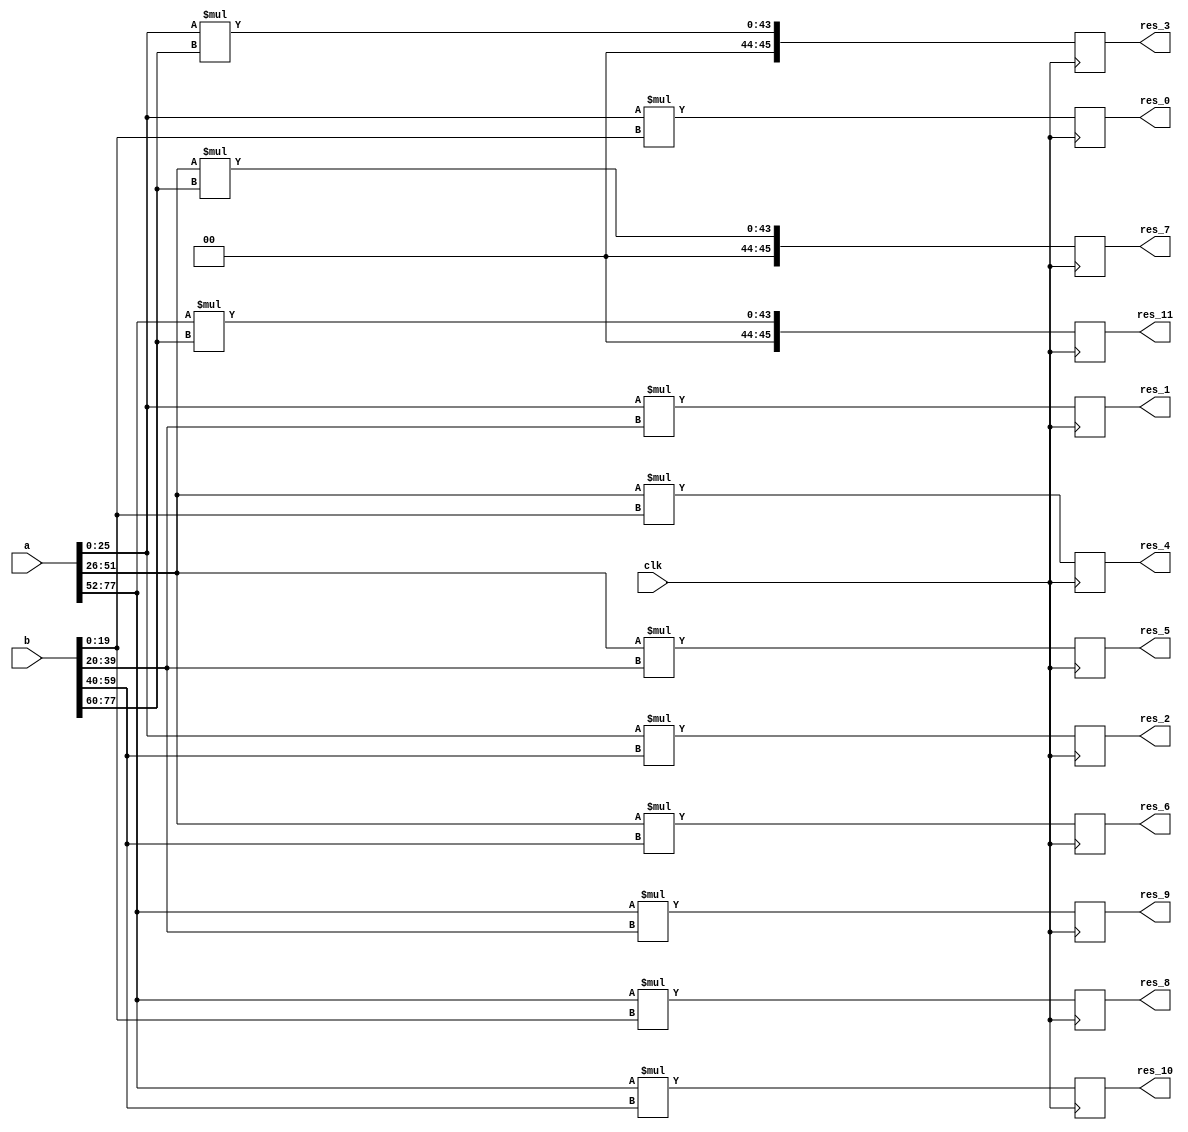
module multi
#(parameter radix = 78)
(
	input [radix-1:0] a,
	input [radix-1:0] b,
    input clk,
	output reg [45:0] res_0,
	output reg [45:0] res_1,
	output reg [45:0] res_2,
	output reg [45:0] res_3,
	output reg [45:0] res_4,
	output reg [45:0] res_5,
    output reg [45:0] res_6,
	output reg [45:0] res_7,
	output reg [45:0] res_8,
	output reg [45:0] res_9,
	output reg [45:0] res_10,
	output reg [45:0] res_11
    // output [42:0] res_12,
	// output [42:0] res_13,
	// output [42:0] res_14
);
    
    // this part needs to be changed based on the radix
	wire [25:0] wire_a [2:0];
	wire [19:0] wire_b [3:0];
    // wire [44:0] result [14:0];
	assign wire_a[0] = a[25:0];
	assign wire_a[1] = a[51:26];
    assign wire_a[2] = a[77:52];
	assign wire_b[0] = b[19:0];
	assign wire_b[1] = b[39:20];
	assign wire_b[2] = b[59:40];
    assign wire_b[3] = {2'b0,b[77:60]};

    /***************************************/
    // assign res_0 = result[0][42:0];
    // assign res_1 = result[1][42:0];
    // assign res_2 = result[2][42:0];
    // assign res_3 = result[3][42:0];
    // assign res_4 = result[4][42:0];
    // assign res_5 = result[5][42:0];
    // assign res_6 = result[6][42:0];
    // assign res_7 = result[7][42:0];
    // assign res_8 = result[8][42:0];
    // assign res_9 = result[9][42:0];
    // assign res_10 = result[10][42:0];
    // assign res_11 = result[11][42:0];
    // assign res_12 = result[12][42:0];
    // assign res_13 = result[13][42:0];
    // assign res_14 = result[14][42:0];

    // genvar i;
    // generate
    //     for(i=0;i<5;i=i+1) begin: dsp_generate
    //         dsp_macro_0 inst_dsp_0(
    //             .CLK(clk),
    //             .A({1'b0,wire_a[0]}),
    //             .B({1'b0,wire_b[i]}),
    //             .P({result[i]}));

    //         dsp_macro_0 inst_dsp_1(
    //             .CLK(clk),
    //             .A({1'b0,wire_a[1]}),
    //             .B({1'b0,wire_b[i]}),
    //             .P({result[i+5]}));

    //         dsp_macro_0 inst_dsp_2(
    //             .CLK(clk),
    //             .A({1'b0,wire_a[2]}),
    //             .B({1'b0,wire_b[i]}),
    //             .P({result[i+10]}));
    //     end
    // endgenerate

	// original code(DSP slice usage is not well-scheduled)
always @(posedge clk) begin
    res_0 <= wire_a[0]*wire_b[0];
    res_1 <= wire_a[0]*wire_b[1];
    res_2 <= wire_a[0]*wire_b[2];
    res_3 <= wire_a[0]*wire_b[3];
    res_4 <= wire_a[1]*wire_b[0];
    res_5 <= wire_a[1]*wire_b[1];
    res_6 <= wire_a[1]*wire_b[2];
    res_7 <= wire_a[1]*wire_b[3];
    res_8 <= wire_a[2]*wire_b[0];
    res_9 <= wire_a[2]*wire_b[1];
    res_10 <= wire_a[2]*wire_b[2];
    res_11 <= wire_a[2]*wire_b[3];
end
    // assign res_0 = wire_a[0]*wire_b[0];
    // assign res_1 = wire_a[0]*wire_b[1];
    // assign res_2 = wire_a[0]*wire_b[2];
    // assign res_3 = wire_a[0]*wire_b[3];
    // assign res_4 = wire_a[0]*wire_b[4];
    // assign res_4 = wire_a[1]*wire_b[0];
    // assign res_5 = wire_a[1]*wire_b[1];
    // assign res_6 = wire_a[1]*wire_b[2];
    // assign res_7 = wire_a[1]*wire_b[3];
    // assign res_9 = wire_a[1]*wire_b[4];
    // assign res_8 = wire_a[2]*wire_b[0];
    // assign res_9 = wire_a[2]*wire_b[1];
    // assign res_10 = wire_a[2]*wire_b[2];
    // assign res_11 = wire_a[2]*wire_b[3];
    // assign res_14 = wire_a[2]*wire_b[4];

endmodule